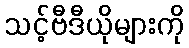
သင့်ဗီဒီယိုများကို